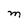
Character: M